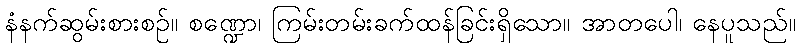
နံနက်ဆွမ်းစားစဉ်။ စဏ္ဍော၊ ကြမ်းတမ်းခက်ထန်ခြင်းရှိသော။ အာတပေါ၊ နေပူသည်။